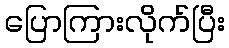
ပြောကြားလိုက်ပြီး